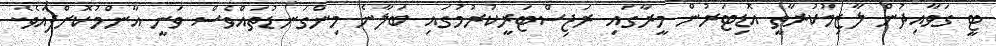
ޓީ ގަވާއިދުން ލާޒިމުކުރާތީ އޮޑިޓަރުން މީރާގައި ރަޖިސްޓަރީކުރުމުގައި ބަލާނެ މިންގަނޑުތައްވެސް ވަނީ އާންމުކޮށްފައެވެ.